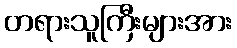
တရားသူကြီးများအား